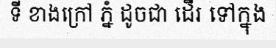
ទី ខាងក្រៅ ភ្នំ ដូចជា ដើរ ទៅក្នុង